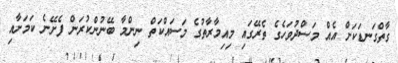
ގާތްގަނޑަކަށް އެއް މަސްދުވަހެގެ ތެރޭގައި މިއިމާރާތުގެ މަސައްކަތް ނިންމާ ބޭނުންކުރަން ފެށޭނެ ކަމަށާއި